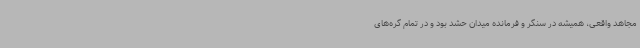
مجاهد واقعی، همیشه در سنگر و فرمانده میدان حشد بود و در تمام گره‌های